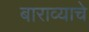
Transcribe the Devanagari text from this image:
बाराव्याचे